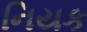
નિયક